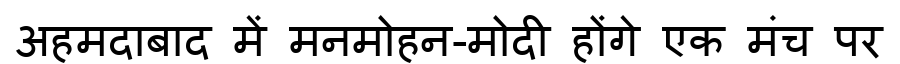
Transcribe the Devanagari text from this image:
अहमदाबाद में मनमोहन-मोदी होंगे एक मंच पर